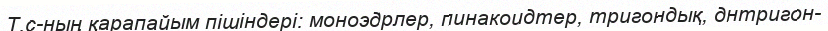
Т.с-ның қарапайым пішіндері: моноэдрлер, пинакоидтер, тригондық, днтригон-